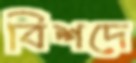
বিশদে